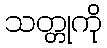
သတ္တုကို